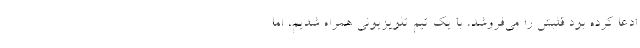
ادعا کرده بود قلبش را می‌فروشد، با یک تیم تلویزیونی همراه شدیم، اما